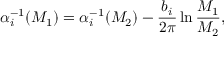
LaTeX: \alpha _ { i } ^ { - 1 } ( M _ { 1 } ) = \alpha _ { i } ^ { - 1 } ( M _ { 2 } ) - { \frac { b _ { i } } { 2 \pi } } \ln { \frac { M _ { 1 } } { M _ { 2 } } } ,